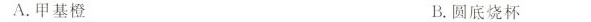
A.甲基橙 B.圆底烧杯